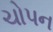
ચોપન